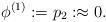
LaTeX: \begin{align*}\phi^{(1)}:=p_{2}:\approx0.\end{align*}